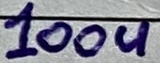
Text: 100u